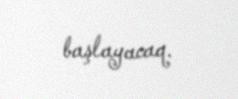
başlayacaq.